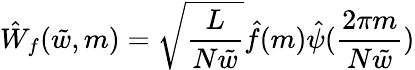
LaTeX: \hat{W}_{f}(\tilde{w},m)=\sqrt{\frac{L}{N\tilde{w}}}\hat{f}(m)\hat{\psi}(\frac{2\pi m}{N\tilde{w}})